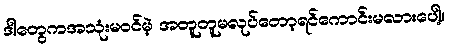
ဒါတွေကအသုံးမဝင်မဲ့ အတူတူမလုပ်တော့ရင်ကောင်းမလားပေါ့။